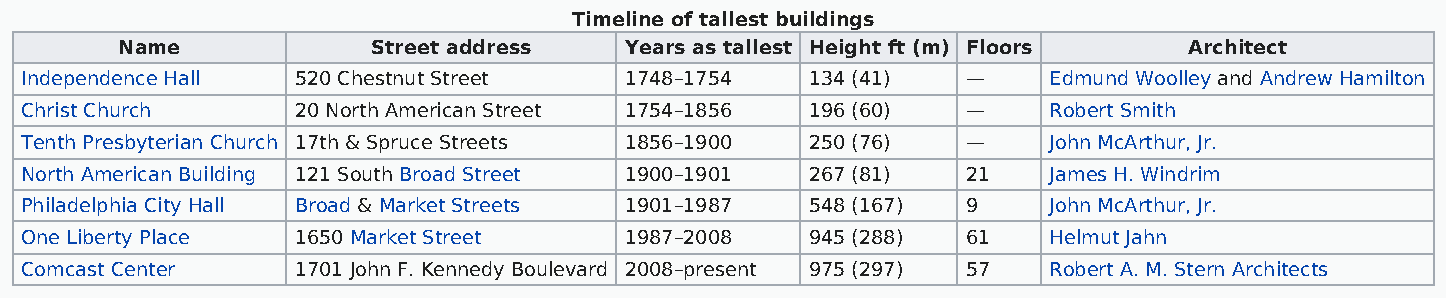
Timeline of tallest buildings
 Name             Street address  Years as tallest Height ft (m) Floors Architect
 Independence Hall  520 Chestnut Street  1748–1754    134 (41)  —    Edmund Woolley and Andrew Hamilton
 Christ Church      20 North American Street 1754–1856 196 (60) —    Robert Smith
 Tenth Presbyterian Church 17th & Spruce Streets 1856–1900 250 (76) — John McArthur, Jr.
 North American Building 121 South Broad Street 1900–1901 267 (81) 21 James H. Windrim
 Philadelphia City Hall Broad & Market Streets 1901–1987 548 (167) 9 John McArthur, Jr.
 One Liberty Place  1650 Market Street   1987–2008    945 (288) 61   Helmut Jahn
 Comcast Center     1701 John F. Kennedy Boulevard 2008–present 975 (297) 57 Robert A. M. Stern Architects